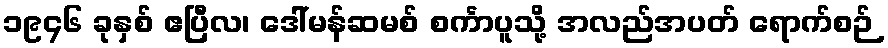
၁၉၄၆ ခုနှစ် ဧပြီလ၊ ဒေါ်မန်ဆမစ် စင်္ကာပူသို့ အလည်အပတ် ရောက်စဉ်